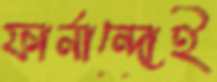
ফার্নান্দোই